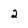
Character: 2